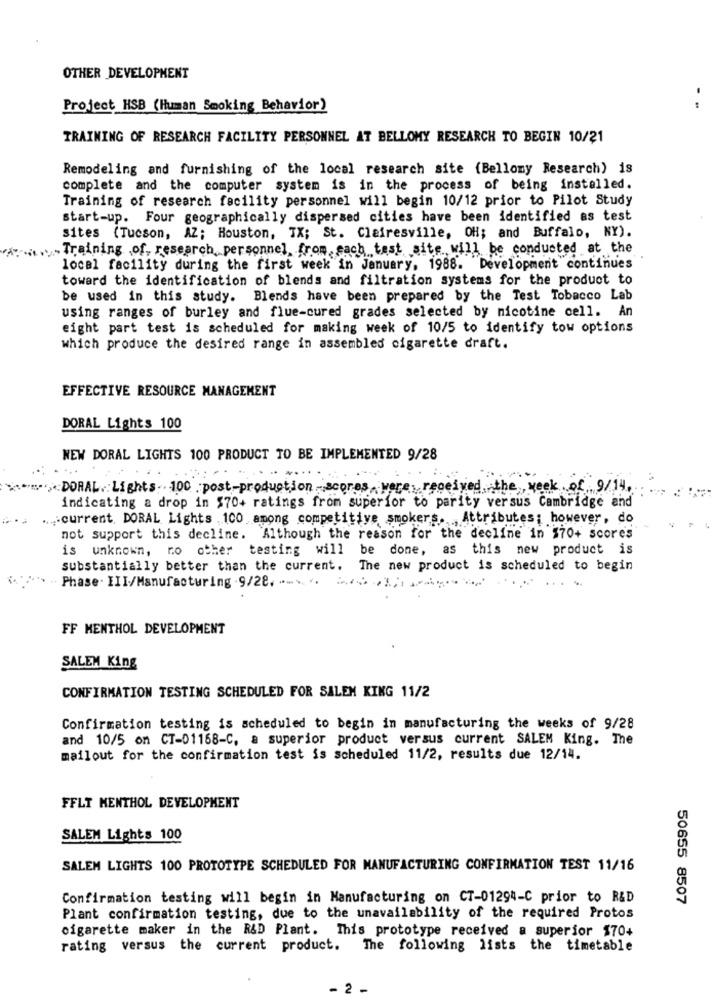
OTHER DEVELOPMENT
Project HSB (Human Smoking Behavior)
- -
TRAINING OF RESEARCH FACILITY PERSONNEL AT BELLOMY RESEARCH TO BEGIN 10/21
Remodeling and furnishing of the local research site (Bellomy Research) is
complete and the computer system is in the process of being installed.
Training of research facility personnel will begin 10/12 prior to Pilot Study
start-up. Four geographically dispersed cities have been identified as test
sites (Tucson, AZ; Houston, TX; St. Clairesville, OH; and Buffalo, NY).
Training ,of, research personnel, from each test site will be conducted at the
local facility during the first week in January, 1988. Development continues
toward the identification of blends and filtration systems for the product to
be used in this study.
Blends have been prepared by the Test Tobacco Lab
using ranges of burley and flue-cured grades selected by nicotine cell. An
eight part test is scheduled for making week of 10/5 to identify tow options
which produce the desired range in assembled cigarette draft.
EFFECTIVE RESOURCE MANAGEMENT
DORAL Lights 100
NEW DORAL LIGHTS 100 PRODUCT TO BE IMPLEMENTED 9/28
DORAL Lights 100 post-production scores, were, received, the week of 9/14,
indicating a drop in $70+ ratings from superior to parity versus Cambridge and
..... current. DORAL Lights .100 among competitive smokers. Attributes; however, do
not support this decline. Although the reason for the decline in $70+ scores
is unknown, no other
testing will
be done, as this new product is
substantially better than the current. The new product is scheduled to begin
Phase . III/Manufacturing . 9/28. ..... .. . .
FF MENTHOL DEVELOPMENT
SALEM King
CONFIRMATION TESTING SCHEDULED FOR SALEM KING 11/2
Confirmation testing is scheduled to begin in manufacturing the weeks of 9/28
and 10/5 on CT-01168-C, a superior product versus current SALEM King. The
mailout for the confirmation test is scheduled 11/2, results due 12/14.
FFLT MENTHOL DEVELOPMENT
SALEM Lights 100
SALEM LIGHTS 100 PROTOTYPE SCHEDULED FOR MANUFACTURING CONFIRMATION TEST 11/16
Confirmation testing will begin in Manufacturing on CT-01294-C prior to R&D
50655 8507
Plant confirmation testing, due to the unavailability of the required Protos
cigarette maker in the R&D Plant. This prototype received a superior $70+
rating versus the current product. The following lists the timetable
2